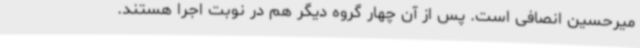
میرحسین انصافی است. پس از آن چهار گروه دیگر هم در نوبت اجرا هستند.